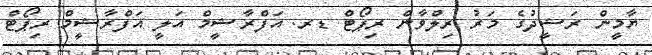
ޔާމީން ރަޝީދުގެ މަރު ރިލްވާން ރިޕޯޓް ޑރ. އަފްރާޝީމް އަލީ އަފްރާޝީމް ރިޕޯޓް